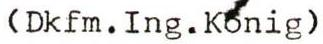
(Dkfm.Ing.König)